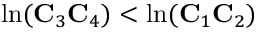
\ln ( \mathbf { C } _ { 3 } \mathbf { C } _ { 4 } ) < \ln ( \mathbf { C } _ { 1 } \mathbf { C } _ { 2 } )